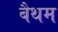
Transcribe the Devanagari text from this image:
बैथम